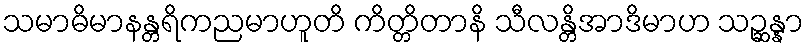
သမာဓိမာနန္တရိကညမာဟူတိ ကိတ္တိတာနိ သီလန္တိအာဒိမာဟ သဉ္ဆန္နာ